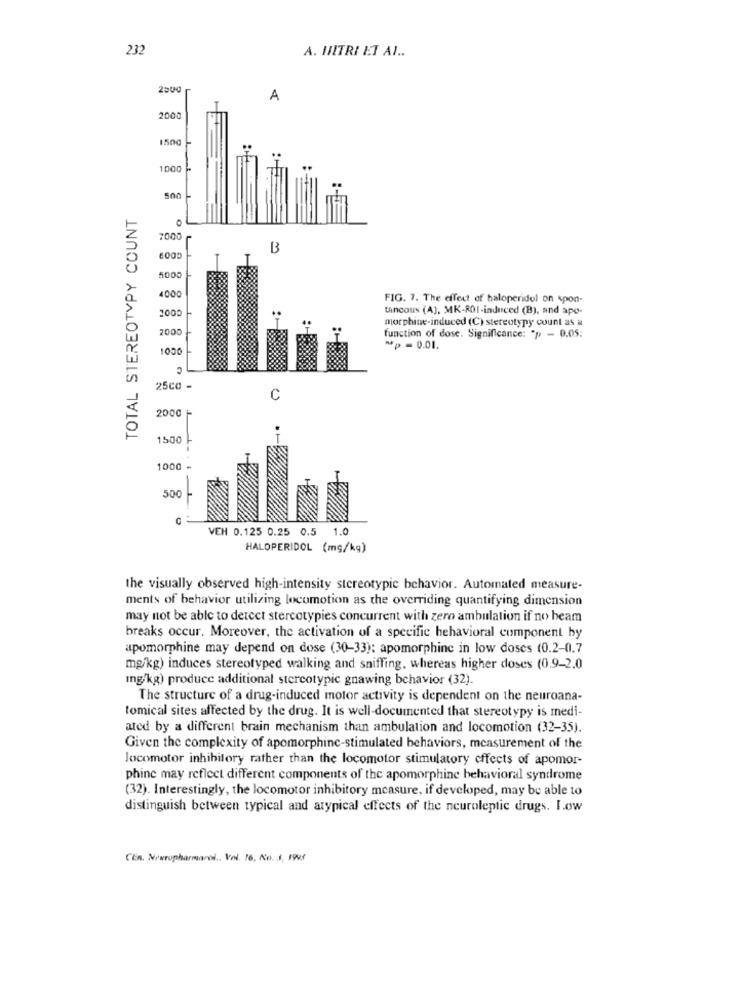
232
A. HHITRI ET AL ..
2500
A
2000
1000
TOTAL STEREOTYPY COUNT
7000
B
5000
4000
FIG. 7. The effect of haloperidol on spon-
2005
tancous (A), MK-ROI-induced (B), and apo-
morphine-induced (C) stereotypy count as a
2000
function of dose. Significance: "p - 0.05.
1000
- p = 0.01.
25co -
C
2000 +
150
1000
500
C
VEH 0.125 0.25 0.5
1.0
HALOPERIDOL (mg/kg)
the visually observed high-intensity stereotypic behavior. Automated measure-
ments of behavior utilizing locomotion as the overriding quantifying dimension
may not be able to detect stercotypies concurrent with zero ambulation if no beam
breaks occur. Moreover, the activation of a specific behavioral component by
apomorphine may depend on dose (30-33): apomorphine in low doses (0.2-0.7
mg/kg) induces stereotyped walking and sniffing, whereas higher doses (0.9-2.0
Ing/kg) produce additional stereotypic gnawing behavior (32).
The structure of a drug-induced motor activity is dependent on the neuroana-
tomical sites affected by the drug. It is well-documented that stereotypy is medi-
ated by a different brain mechanism than ambulation and locomotion (32-35).
Given the complexity of apomorphine-stimulated behaviors, measurement of the
locomotor inhibitory rather than the locomotor stimulatory effects of apomor-
phine may reflect different components of the apomorphine behavioral syndrome
(32). Interestingly, the locomotor inhibitory measure, if developed, may be able to
distinguish between typical and atypical effects of the neuroleptic drugs. I.ow
CEn. Newrupharmarol .. Vol. 16, No. 3, 1998